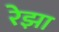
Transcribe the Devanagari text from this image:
रेझा